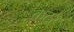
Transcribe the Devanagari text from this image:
कटर्‌